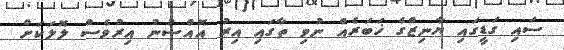
ސައި ގަޑީގައި ޔާނިޒްގެ ޚަބަރެއް ނުވި ތާގައި އިރު އޮއްސުނު އިރުވެސް ލޮލަކަށް